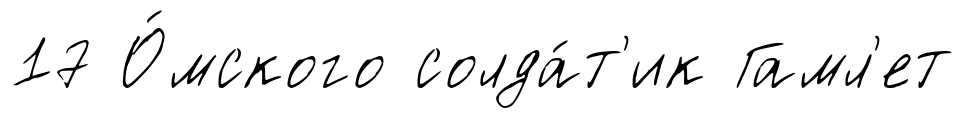
17 О́мского солда́т'ик Гамл'ет